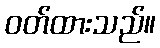
ဝတ်ထားသည်။